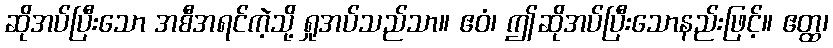
ဆိုအပ်ပြီးသော အစီအရင်ကဲ့သို့ ရှုအပ်သည်သာ။ ဧဝံ၊ ဤဆိုအပ်ပြီးသောနည်းဖြင့်။ ဧတ္ထ၊